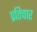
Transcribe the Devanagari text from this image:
प्रतिचार